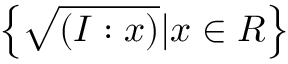
\left\{ { \sqrt { ( I : x ) } } | x \in R \right\}